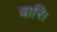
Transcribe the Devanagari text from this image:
बारि।